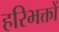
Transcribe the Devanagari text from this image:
हरिभक्तों